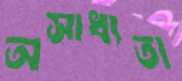
অসাধ্যতা